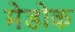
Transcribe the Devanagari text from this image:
मेडोक